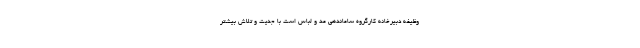
وظیفه دبیرخانه کارگروه ساماندهی مد و لباس است با جدیت و تلاش بیشتر